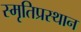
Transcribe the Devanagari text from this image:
स्मृतिप्रस्थान